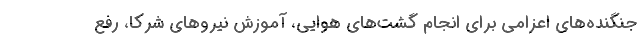
جنگنده‌های اعزامی برای انجام گشت‌های هوایی، آموزش نیروهای شرکا، رفع